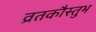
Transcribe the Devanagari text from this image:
व्रतकौस्तुभ